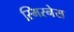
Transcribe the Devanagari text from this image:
स्मिरनेस